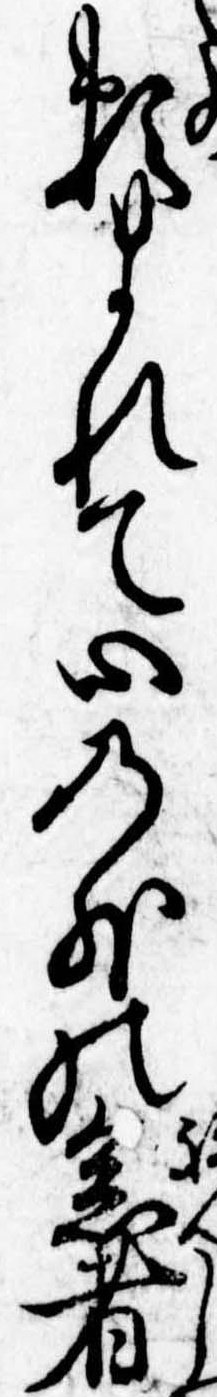
頼まれて心の外の念者